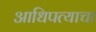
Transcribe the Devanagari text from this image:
आधिपत्याचा